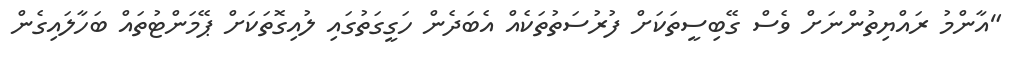
"އާންމު ރައްޔިތުންނަށް ވެސް ގޭބިސީތަކަށް ފުރުސަތުތަކެއް އެބަދެން ހަގީގަތުގައި ލުއިގޮތަކަށް ޕޭމަންޓުތައް ބަހާލައިގެން